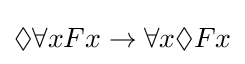
\Diamond \forall xFx\rightarrow \forall x\Diamond Fx